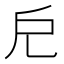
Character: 𢨤